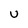
Character: U